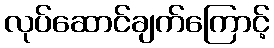
လုပ်ဆောင်ချက်ကြောင့်